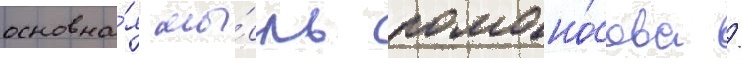
основна́я мы́сль ломоно́сова /